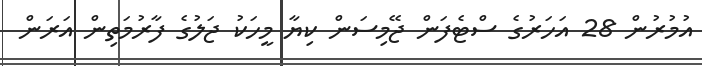
އުމުރުން 28 އަހަރުގެ ސްޓެފަން ޖޭމިސަން ކިޔާ މީހަކު ޖަލުގެ ފާރުމަތިން އަރަން